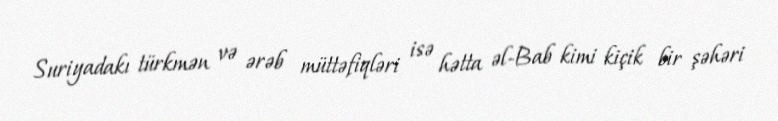
Suriyadakı türkmən və ərəb müttəfiqləri isə hətta əl-Bab kimi kiçik bir şəhəri